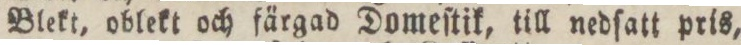
Blekt, oblekt och färgad Domeſtik, till nedſatt pris,